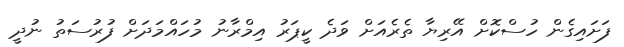
ފަށައިގެން ހުސްކޮށް އޭރިޔާ ތެރެއަށް ވަދެ ކީޕަރު އިމްރާނު މުހައްމަދަށް ފުރުސަތު ނުދީ